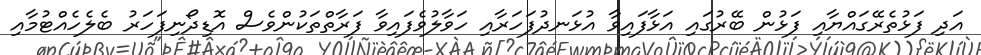
އަދި ފަޅުތެރޭގައްޔާއި ފަޅުން ބޭރުގައި އަޅާފައިވާ އުޅަނދުފަހަރާއި ހަވާލުވެފައިވާ ފަރާތްތަކުންވެސް އޮޑިދޯނިފަހަރު ބެލެހެއްޓުމާއި